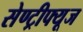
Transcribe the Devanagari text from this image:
सेण्ट्रीफ्यूज